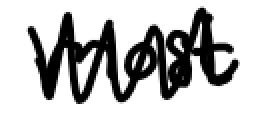
Text: most
Cross-out: zig-zag
Writing tool: digital_black